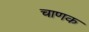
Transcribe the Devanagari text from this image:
चाणक